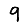
Digit: 9